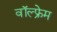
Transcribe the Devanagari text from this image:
वॉल्फ्रेम